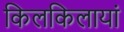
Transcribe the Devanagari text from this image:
किलकिलायां